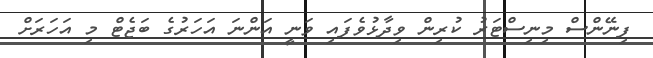
ފިނޭންސް މިނިސްޓަރު ކުރިން ވިދާޅުވެފައި ވަނީ އަންނަ އަހަރުގެ ބަޖެޓް މި އަހަރަށް